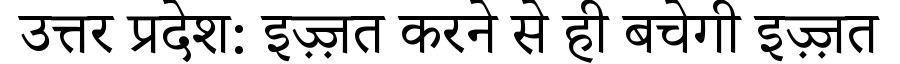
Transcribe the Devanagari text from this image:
उत्तर प्रदेश: इज़्ज़त करने से ही बचेगी इज़्ज़त